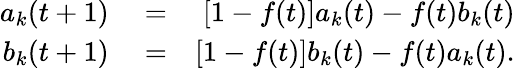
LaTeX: \begin{array}{rlr}{a_{k}(t+1)}&{{}=}&{[1-f(t)]a_{k}(t)-f(t)b_{k}(t)}\\ {b_{k}(t+1)}&{{}=}&{[1-f(t)]b_{k}(t)-f(t)a_{k}(t).}\end{array}